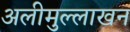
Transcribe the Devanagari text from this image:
अलीमुल्लाखन